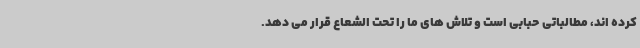
کرده اند، مطالباتی حبابی است و تلاش های ما را تحت الشعاع قرار می دهد.